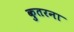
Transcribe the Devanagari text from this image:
कुतरना